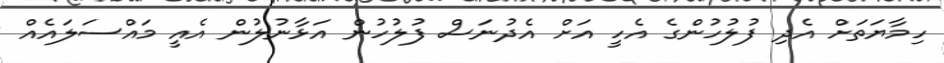
ހިމާޔަތަށް އެދި ފުލުހުންގެ އެހީ އަށް އެދުނަސް ފުލުހުން އަޅާނުލުން އެއީ މައްސަލައެއް